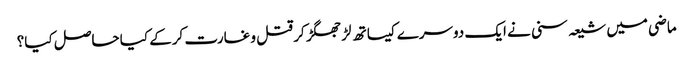
ماضی میں شیعہ سنی نے ایک دوسرے کیساتھ لڑ جھگڑ کر قتل و غارت کرکے کیا حاصل کیا؟